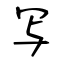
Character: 写